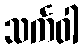
သင်္ကဝါ